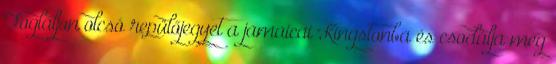
Foglaljon olcsó repülőjegyet a jamaicai Kingstonba és csodálja meg